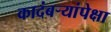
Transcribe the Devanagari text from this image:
कादंबर्‍यांपेक्षा